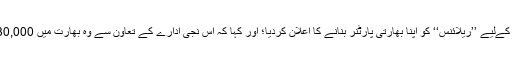
تاہم، اجازت ملتے ہی ڈسالٹ نے رافیل طیاروں کےلیے ’’ریلائنس‘‘ کو اپنا بھارتی پارٹنر بنانے کا اعلان کردیا؛ اور کہا کہ اس نجی ادارے کے تعاون سے وہ بھارت میں 30,000 کروڑ روپے کی سرمایہ کاری بھی کرے گا۔